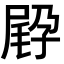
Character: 𡥸